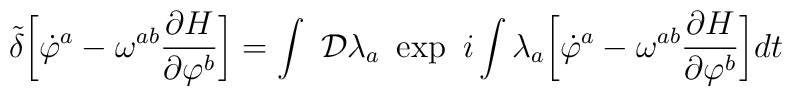
{\tilde{\delta}}\biggl[{\dot\varphi }^{a}-\omega^{ab}{\partial H\over\partial\varphi ^{b}}\biggr]=\int~{\cal D}\lambda_{a}~\exp~i\int\lambda_{a}\biggl[{\dot \varphi }^{a}-\omega^{ab}{\partial H\over\partial\varphi ^{b}}\biggr]dt\nonumber